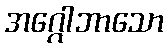
အဂ္ဂေါဘာသော